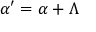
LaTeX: { \boldsymbol { \alpha } } ^ { \prime } = { \boldsymbol { \alpha } } + { \boldsymbol { \Lambda } }